Karksi_vallavalitsus, lk 68
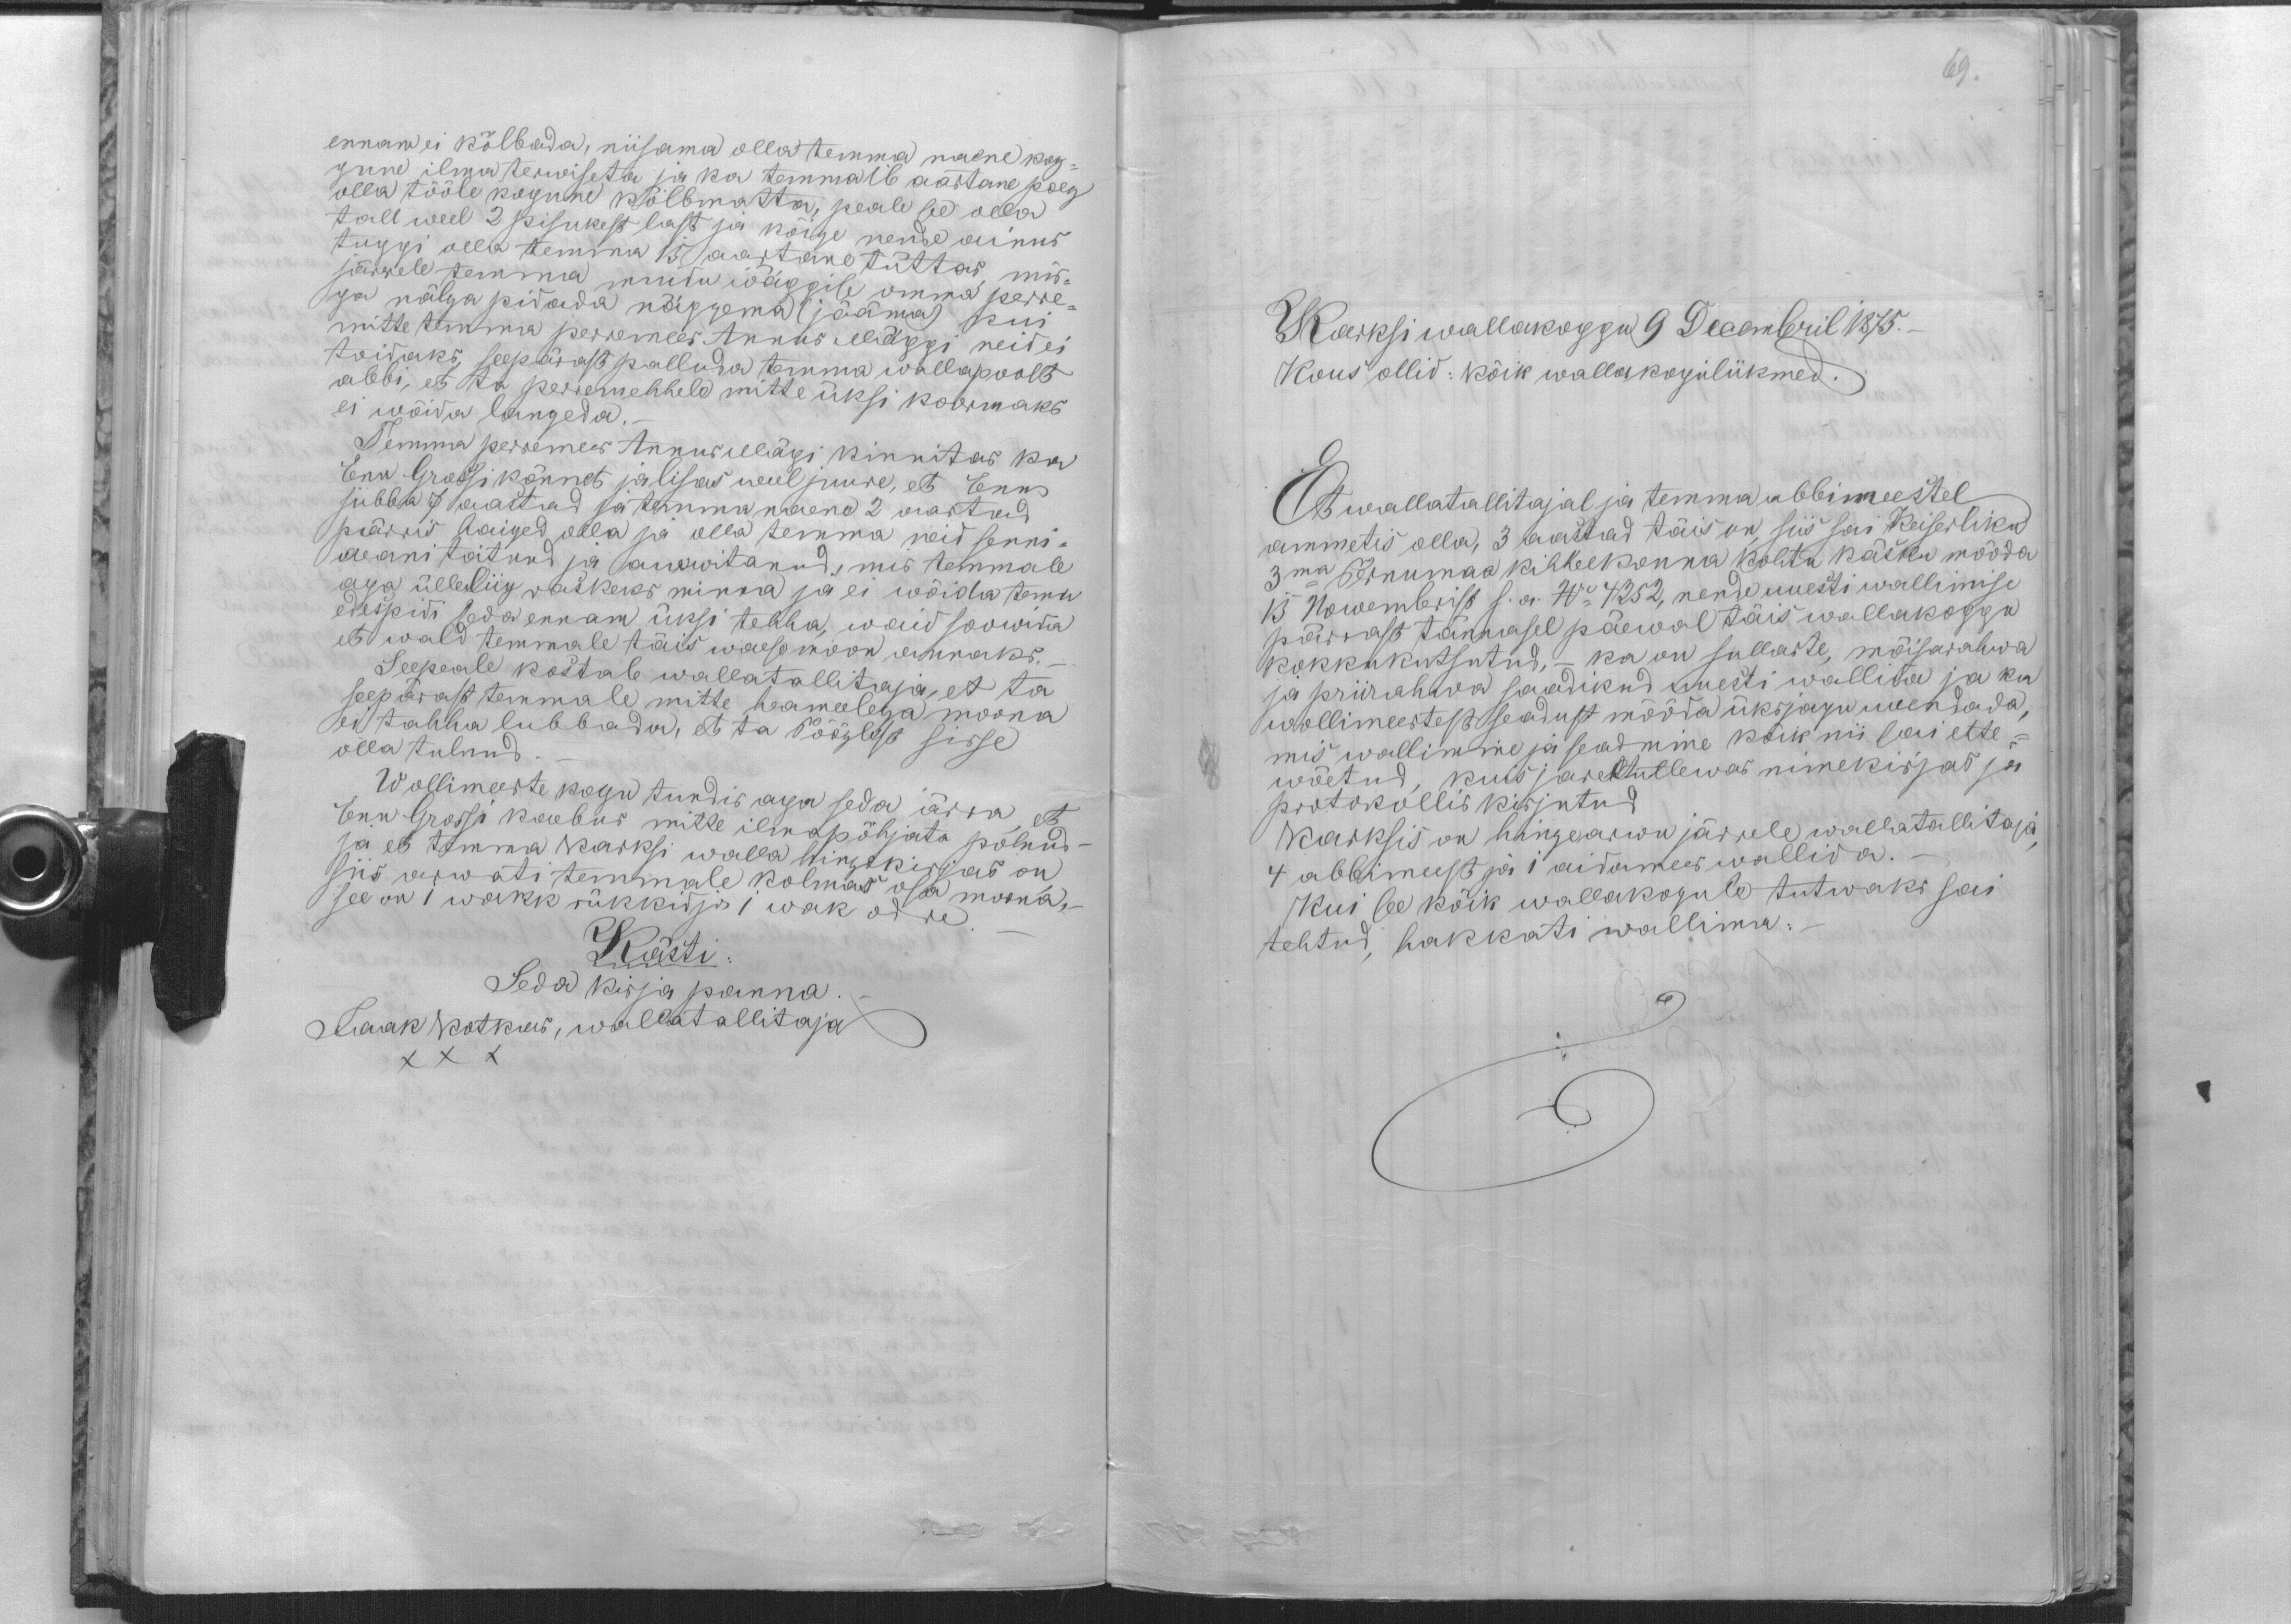
69.

ennam ei kõlbada, niisama olla temma naene kog-
gune ilma terwiseta ja ka temma 16 aastane poeg
olla tööle kogune kõlbmatta, peale see olla
tall weel 2 pisukest last ja kõige nende ainus
tuggi olla temma 15 aastane tüttar mis-
järrele temma muidu wäggise omma perre-
ga nälga pidada näggema (jääma) kui
mitte temma perremees Annus Mäggi neid ei
toidaks, seepärast palluda temma wallapoolt
abbi, et ta perremehhele mitte üksi kormaks
ei wõida langeda.
Temma perremees Annus Mägi kinnitas ka
Enn Grossi kõnnet ja lisas weel juure, et Enn
jubba 7 aastad ja temma naene 2 aastad
pärris haiged olla ja olla temma neid senni-
aeani toitnud ja awwitanud, mis temmale
aga ülleliig raskeks minna ja ei wõida tema
edespidi seda ennam üksi tehha, waid soowida
et wald temmale täis waese moon annaks.
Seepeale kostab wallatallitaja, et ta
seepärast temmale mitte heameelega moona
ei tahha lubbada, et Pööglest sisse
olla tulnud
Wollimeeste kogu tundis aga seda ärra, et
Enn Grossi kaebus mitte ilmapõhjata polnud -
ja et temma Karksi walla hingikirjas on
siis arwati temmale kolmas osa moona, -
see on 1 wakk rükkid ja 1 wak odre.
Kästi
Seda kirja panna.
Jaak Kotkus, wallatallitaja
XXX

Karksi wallakoggu 9 Decembril 1875. -
Kous ollid: kõik wallakoguliikmed.
Et wallatallitajal ja temma abbimeestel
ammetis olla, 3 aastad täis on, siis sai Keiserliku
3ma Pernumaa kihhelkonna kohtu käsku mööda
13 Nowembrist s. a. No 4252, nende uuesti wallimise
pärrast tännasel päewal täis wallakoggu
kokkukutsutud, - ka on sullaste, mõisarahwa
ja priirahwa saadikud uuesti wallida ja ka
wollimeestest seadust mööda üksjagu uuendada,
mis wallimine ja seadmine kõik nii sai ette-
wõetud, kuis jareltullewas nimekirjas ja
protokollis kirjutud
Karksis on hingearwu järrele wallatallitaja
4 abbimeest ja 1 aidamees wallida. -
Kui see kõik wallakogule tutwaks sai
tehtud, hakkati wallima: -